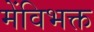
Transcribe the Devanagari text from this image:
मेंविभक्त